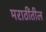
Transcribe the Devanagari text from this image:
मराठींतील